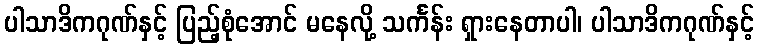
ပါသာဒိကဂုဏ်နှင့် ပြည့်စုံအောင် မနေလို့ သင်္ကန်း ရှားနေတာပါ၊ ပါသာဒိကဂုဏ်နှင့်